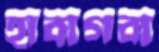
হাবাগবা